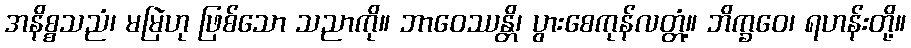
အနိစ္စသညံ၊ မမြဲဟု ဖြစ်သော သညာကို။ ဘာဝေဿန္တိ၊ ပွားစေကုန်လတ္တံ့။ ဘိက္ခဝေ၊ ရဟန်းတို့။